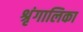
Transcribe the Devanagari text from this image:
श्रृंगालिका